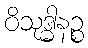
ဝိသုဒ္ဓါနဉ္စ